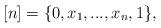
LaTeX: \begin{align*}[n] = \{0, x_1, ..., x_n, 1\},\end{align*}